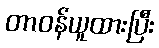
တာဝန်ယူထားပြီး